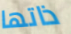
ذاتها